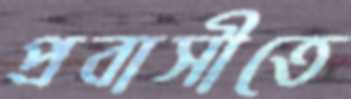
প্রবাসীতে